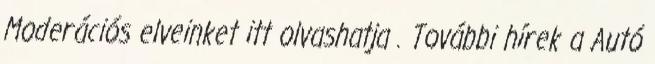
Moderációs elveinket itt olvashatja . További hírek a Autó